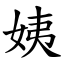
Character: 姨